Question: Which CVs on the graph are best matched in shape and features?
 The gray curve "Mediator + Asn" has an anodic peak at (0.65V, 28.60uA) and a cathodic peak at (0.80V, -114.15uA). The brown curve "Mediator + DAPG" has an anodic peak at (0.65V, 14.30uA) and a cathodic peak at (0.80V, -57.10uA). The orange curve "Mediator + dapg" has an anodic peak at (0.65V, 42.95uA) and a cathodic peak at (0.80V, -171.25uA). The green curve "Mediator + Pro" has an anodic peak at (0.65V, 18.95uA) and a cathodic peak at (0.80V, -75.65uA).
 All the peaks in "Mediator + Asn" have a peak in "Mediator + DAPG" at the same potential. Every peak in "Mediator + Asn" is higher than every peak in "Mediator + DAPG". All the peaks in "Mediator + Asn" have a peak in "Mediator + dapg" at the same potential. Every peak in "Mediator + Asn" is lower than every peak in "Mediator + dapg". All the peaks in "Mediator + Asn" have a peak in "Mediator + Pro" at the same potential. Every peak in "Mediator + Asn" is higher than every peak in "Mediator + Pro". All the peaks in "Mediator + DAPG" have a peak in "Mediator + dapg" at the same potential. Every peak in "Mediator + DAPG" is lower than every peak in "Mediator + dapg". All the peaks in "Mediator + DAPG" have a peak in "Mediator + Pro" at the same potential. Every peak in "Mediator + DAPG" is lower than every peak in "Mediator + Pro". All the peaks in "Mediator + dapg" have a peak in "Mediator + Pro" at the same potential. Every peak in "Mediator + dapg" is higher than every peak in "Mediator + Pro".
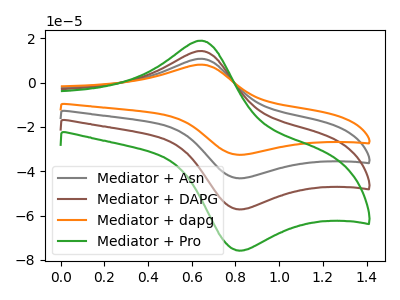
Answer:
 <answer>"Mediator + Pro", "Mediator + Asn", "Mediator + DAPG" and "Mediator + dapg" have the same shape and are likely CV's of the same chemical.</answer>
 <eval>"Mediator + Pro" "Mediator + Asn" "Mediator + DAPG" "Mediator + dapg"</eval>